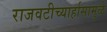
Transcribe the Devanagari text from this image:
राजवटीच्यार्हासामुळे